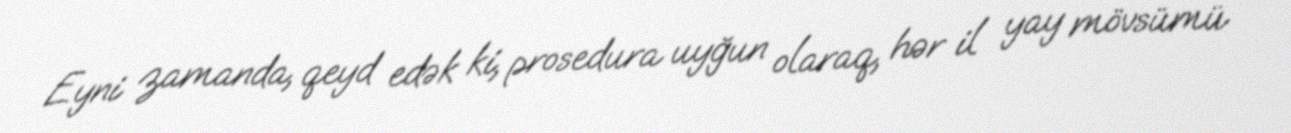
Eyni zamanda, qeyd edək ki, prosedura uyğun olaraq, hər il yay mövsümü